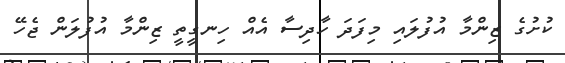
ކުށުގެ ޒިންމާ އުފުލައި މިފަދަ ހާދިސާ އެއް ހިނގީތީ ޒިންމާ އުފުލަން ޖެހޭ